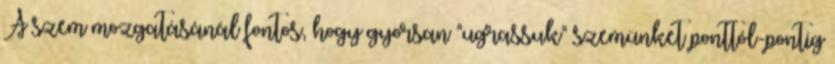
A szem mozgatásánál fontos, hogy gyorsan "ugrassuk" szemünket ponttól-pontig